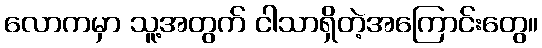
လောကမှာ သူ့အတွက် ငါသာရှိတဲ့အကြောင်းတွေ။